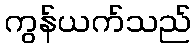
ကွန်ယက်သည်